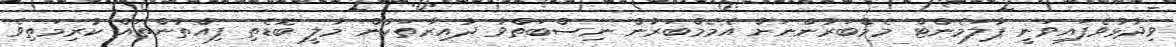
ވިދާޅުވެފައިވަނީ ޕާލަމެންޓް މެމްބަރުންނަށް އެމެމްބަރުން ނިސްބަތްވާ ދާއިރާތަކުން މާލީ ބޮޑެތި ފިއްތުންތައް ކުރިމަތިވެ